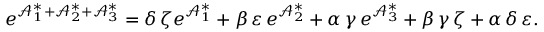
e ^ { \mathcal { A } _ { 1 } ^ { \ast } + \mathcal { A } _ { 2 } ^ { \ast } + \mathcal { A } _ { 3 } ^ { \ast } } = \delta \, \zeta e ^ { \mathcal { A } _ { 1 } ^ { \ast } } + \beta \, \varepsilon \, e ^ { \mathcal { A } _ { 2 } ^ { \ast } } + \alpha \, \gamma \, e ^ { \mathcal { A } _ { 3 } ^ { \ast } } + \beta \, \gamma \, \zeta + \alpha \, \delta \, \varepsilon .